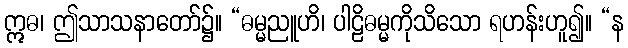
ဣဓ၊ ဤသာသနာတော်၌။ “ဓမ္မညူဟိ၊ ပါဠိဓမ္မကိုသိသော ရဟန်းဟူ၍။ “န